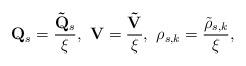
LaTeX: \begin{align*}\mathbf{Q}_{s} = \frac{\mathbf{\tilde{Q}}_{s}}{\xi},~\mathbf{V} = \frac{\mathbf{\tilde{V}}}{\xi}, ~\rho_{s,k} =\frac{\tilde{\rho}_{s,k}}{\xi},\end{align*}